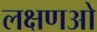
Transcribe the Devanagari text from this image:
लक्षणओ